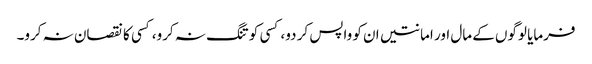
فرمایا لوگوں کے مال اور امانتیں ان کو واپس کر دو، کسی کو تنگ نہ کرو،کسی کا نقصان نہ کرو۔